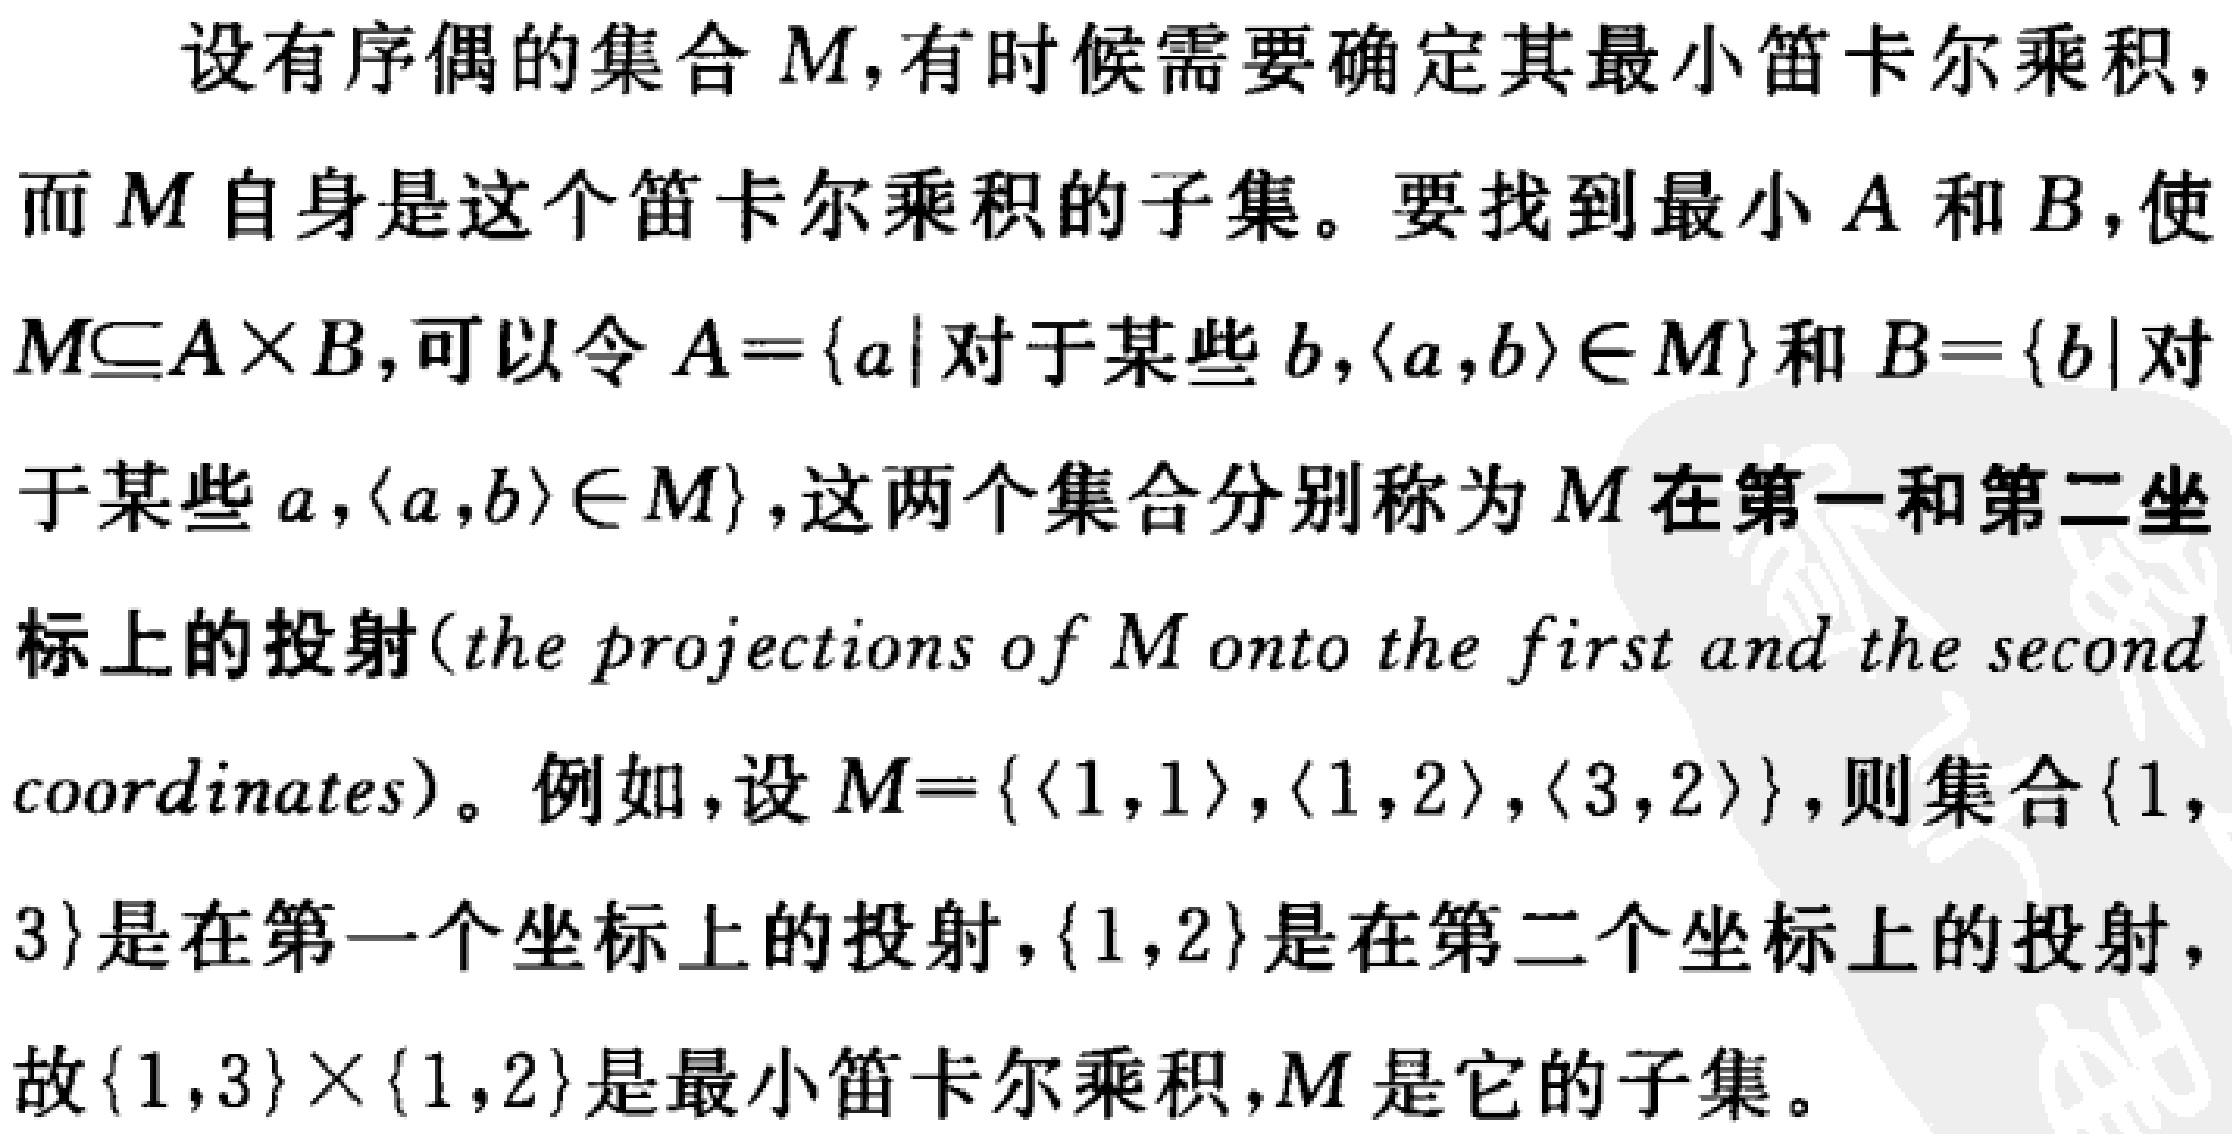
设有序偶的集合 \(M\)，有时候需要确定其最小笛卡尔乘积，而 \(M\) 自身是这个笛卡尔乘积的子集。要找到最小 \(A\) 和 \(B\)，使 \(M\subseteq A\times B\)，可以令 \(A = \{a|\text{对于某些 }b, \langle a,b\rangle\in M\}\) 和 \(B = \{b|\text{对于某些 }a, \langle a,b\rangle\in M\}\)，这两个集合分别称为 \(M\) 在第一和第二坐标上的投射（the projections of \(M\) onto the first and the second coordinates）。例如，设 \(M = \{\langle 1,1\rangle, \langle 1,2\rangle, \langle 3,2\rangle\}\)，则集合 \(\{1,3\}\) 是在第一个坐标上的投射，\(\{1,2\}\) 是在第二个坐标上的投射，故 \(\{1,3\}\times\{1,2\}\) 是最小笛卡尔乘积，\(M\) 是它的子集。